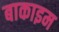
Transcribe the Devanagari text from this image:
बाकाइम